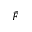
\tilde { F }